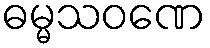
ဓမ္မသဝဏေ